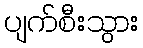
ပျက်စီးသွား